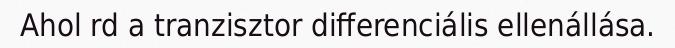
Ahol rd a tranzisztor differenciális ellenállása.